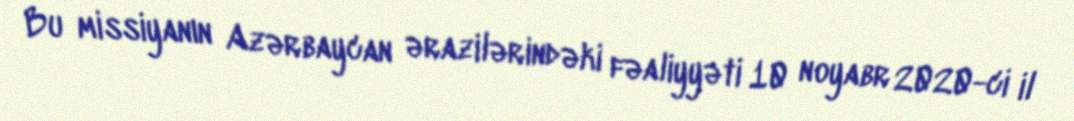
Bu missiyanın Azərbaycan ərazilərindəki fəaliyyəti 10 noyabr 2020-ci il